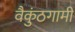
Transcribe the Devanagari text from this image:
वैकुंठगामी